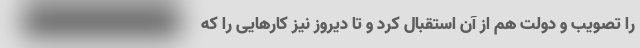
را تصویب و دولت هم از آن استقبال کرد و تا دیروز نیز کارهایی را که